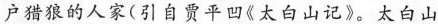
户猎狼的人家(引自贾平凹《太白山记》。太白山